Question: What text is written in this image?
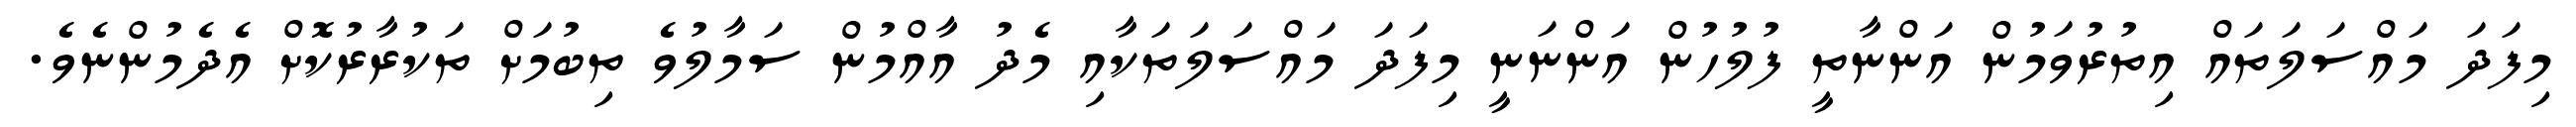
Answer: މިފަދަ މައްސަލަތައް އިތުރުވަމުން އަންނާތީ ފުލުހުން އަންނަނީ މިފަދަ މައްސަލަތަކާއި މެދު އާއްމުން ސަމާލުވެ ތިބުމަށް ތަކުރާރުކޮށް އެދެމުންނެވެ.